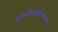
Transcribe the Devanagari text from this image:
द्रुतगतीमार्गालगतची